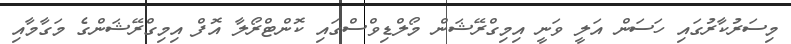
މިސަރުކާރުގައި ހަސަން އަލީ ވަނީ އިމިގްރޭޝަން މޯލްޑިވްސްގައި ކޮންޓްރޯލާ އޮފް އިމިގްރޭޝަންގެ މަގާމާއި